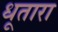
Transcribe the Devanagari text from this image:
धूतारा